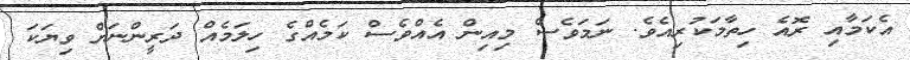
އެކަމާއި ރޮއެ ހިތާމަކުރިއެވެ. ނަމަވެސް މިއިން އެއްވެސް ކަމެއްގެ ހިލަމެއް ދަރީންނަށް ވިޔަކަ